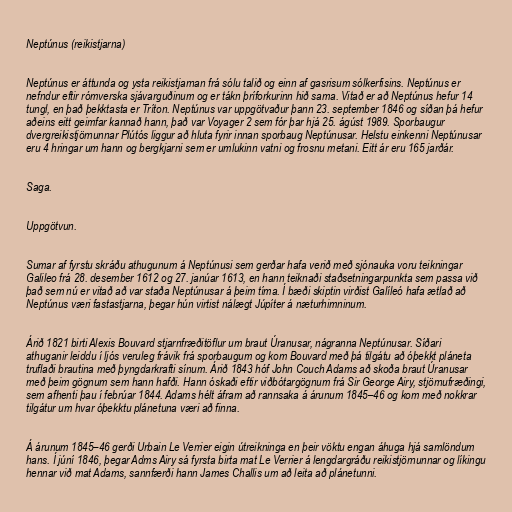
Neptúnus (reikistjarna)

Neptúnus er áttunda og ysta reikistjarnan frá sólu talið og einn af gasrisum sólkerfisins. Neptúnus er
nefndur eftir rómverska sjávarguðinum og er tákn þríforkurinn hið sama. Vitað er að Neptúnus hefur 14
tungl, en það þekktasta er Tríton. Neptúnus var uppgötvaður þann 23. september 1846 og síðan þá hefur
aðeins eitt geimfar kannað hann, það var Voyager 2 sem fór þar hjá 25. ágúst 1989. Sporbaugur
dvergreikistjörnunnar Plútós liggur að hluta fyrir innan sporbaug Neptúnusar. Helstu einkenni Neptúnusar
eru 4 hringar um hann og bergkjarni sem er umlukinn vatni og frosnu metani. Eitt ár eru 165 jarðár.

Saga.

Uppgötvun.

Sumar af fyrstu skráðu athugunum á Neptúnusi sem gerðar hafa verið með sjónauka voru teikningar
Galileo frá 28. desember 1612 og 27. janúar 1613, en hann teiknaði staðsetningarpunkta sem passa við
það sem nú er vitað að var staða Neptúnusar á þeim tíma. Í bæði skiptin virðist Galíleó hafa ætlað að
Neptúnus væri fastastjarna, þegar hún virtist nálægt Júpíter á næturhimninum.

Árið 1821 birti Alexis Bouvard stjarnfræðitöflur um braut Úranusar, nágranna Neptúnusar. Síðari
athuganir leiddu í ljós veruleg frávik frá sporbaugum og kom Bouvard með þá tilgátu að óþekkt pláneta
truflaði brautina með þyngdarkrafti sínum. Árið 1843 hóf John Couch Adams að skoða braut Úranusar
með þeim gögnum sem hann hafði. Hann óskaði eftir viðbótargögnum frá Sir George Airy, stjörnufræðingi,
sem afhenti þau í febrúar 1844. Adams hélt áfram að rannsaka á árunum 1845–46 og kom með nokkrar
tilgátur um hvar óþekktu plánetuna væri að finna.

Á árunum 1845–46 gerði Urbain Le Verrier eigin útreikninga en þeir vöktu engan áhuga hjá samlöndum
hans. Í júní 1846, þegar Adms Airy sá fyrsta birta mat Le Verrier á lengdargráðu reikistjörnunnar og líkingu
hennar við mat Adams, sannfærði hann James Challis um að leita að plánetunni.